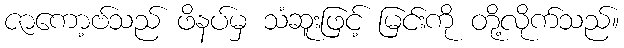
ဇာကော့ဗ်သည် ဖိနပ်မှ သံဆူးဖြင့် မြင်းကို တို့လိုက်သည်။